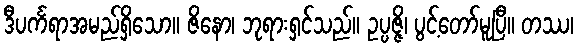
ဒီပင်္ကရာအမည်ရှိသော။ ဇိနော၊ ဘုရားရှင်သည်။ ဥပ္ပဇ္ဇိ၊ ပွင့်တော်မူပြီ။ တဿ၊